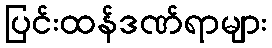
ပြင်းထန်ဒဏ်ရာများ